Malaria in the Andamans - Number 56
Disease focus: Malaria
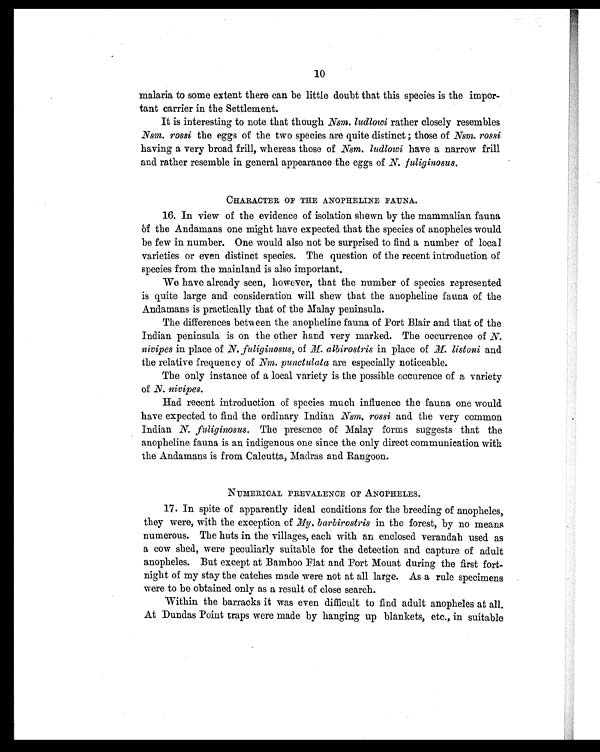
10
malaria to some extent there can be little doubt that this species is the impor-
tant carrier in the Settlement.
It is interesting to note that though Nsm. ludlowi rather closely resembles
Nsm. rossi the eggs of the two species are quite distinct; those of Nsm. rossi
having a very broad frill, whereas those of
N s m . l u d l o w i
have a narrow frill
and rather resemble in general appearance the eggs of N. fuliginosus.
CHARACTER OF THE ANOPHELINE FAUNA.
16. In view of the evidence of isolation shewn by the mammalian fauna
ôf the Andamans one might have expected that the species of anopheles would
be few in number. One would also not be surprised to find a number of local
varieties or even distinct species. The question of the recent introduction of
species from the mainland is also important.
We have already seen, however, that the number of species represented
is quite large and consideration will show that the anopheline fauna of the
Andamans is practically that of the Malay peninsula.
The differences between the anopheline fauna of Port Blair and that of the
Indian peninsula is on the other hand very marked. The occurrence of N.
nivipes in place of N. fuliginosus, of M. albirostris in place of M. listoni and
the relative frequency of Nm. punctulata are especially noticeable.
The only instance of a local variety is the possible occurence of a variety
of N. nivipes.
Had recent introduction of species much influence the fauna one would
have expected to find the ordinary Indian Nsm. rossi and the very common
Indian N. fuliginosus. The presence of Malay forms suggests that the
anopheline fauna is an indigenous one since the only direct communication with
the Andamans is from Calcutta, Madras and Rangoon.
NUMERICAL PREVALENCE OF ANOPHELES.
1 7 . I n s p i t e o f a p p a r e n t l y i d e a l c o n d i t i o n s f o r t h e b r e e d i n g o f a n o p h e l e s ,
they were, with the exception of My. barbirostris in the forest, by no means
numerous. The huts in the villages, each with an enclosed verandah used as
a cow shed, were peculiarly suitable for the detection and capture of adult
anopheles. But except at Bamboo Flat and Port Mouat during the first fort-
night of my stay the catches made were not at all large. As a rule specimens
were to be obtained only as a result of close search.
Within the barracks it was even difficult to find adult anopheles at all.
At Dundas Point traps were made by hanging up blankets, etc., in suitable